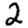
Digit: 2